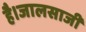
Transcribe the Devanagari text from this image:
है।जालसाजी